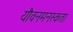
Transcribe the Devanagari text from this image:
यौवनमनस्कता